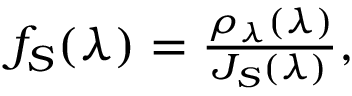
\begin{array} { r } { f _ { S } ( \lambda ) = \frac { \rho _ { \lambda } ( \lambda ) } { J _ { S } ( \lambda ) } , } \end{array}